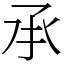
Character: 𠄘